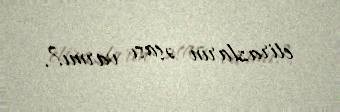
etirazların əsası varmı?.